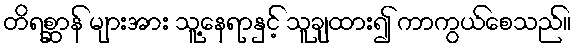
တိရစ္ဆာန် များအား သူ့နေရာနှင့် သူချထား၍ ကာကွယ်စေသည်။